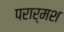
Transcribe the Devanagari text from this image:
परार्मश